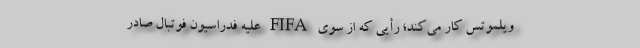
ویلموتس کار می‌کند؛ رأیی که از سوی FIFA علیه فدراسیون فوتبال صادر